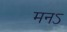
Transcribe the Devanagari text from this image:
मनऽ